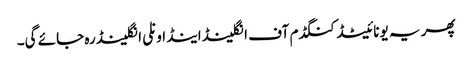
پھر یہ یونائیٹڈ کنگڈم آف انگلینڈ اینڈ اونلی انگلینڈ رہ جائے گی۔